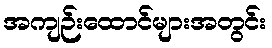
အကျဉ်းထောင်များအတွင်း